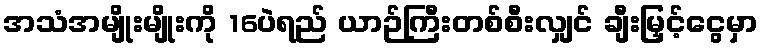
အသံအမျိုးမျိုးကို 16ပဲရည် ယာဉ်ကြီးတစ်စီးလျှင် ချီးမြှင့်ငွေမှာ